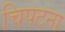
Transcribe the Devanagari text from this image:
चिपटना